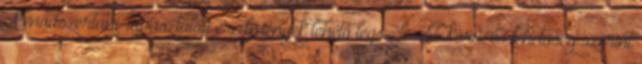
A módszertani-tapasztalati eredmények lehető legszélesebb körű, és lehetőség szerint